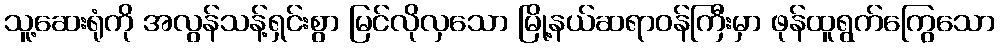
သူ့ဆေးရုံကို အလွန်သန့်ရှင်းစွာ မြင်လိုလှသော မြို့နယ်ဆရာဝန်ကြီးမှာ ဖုန်ထူရွက်ကြွေသော